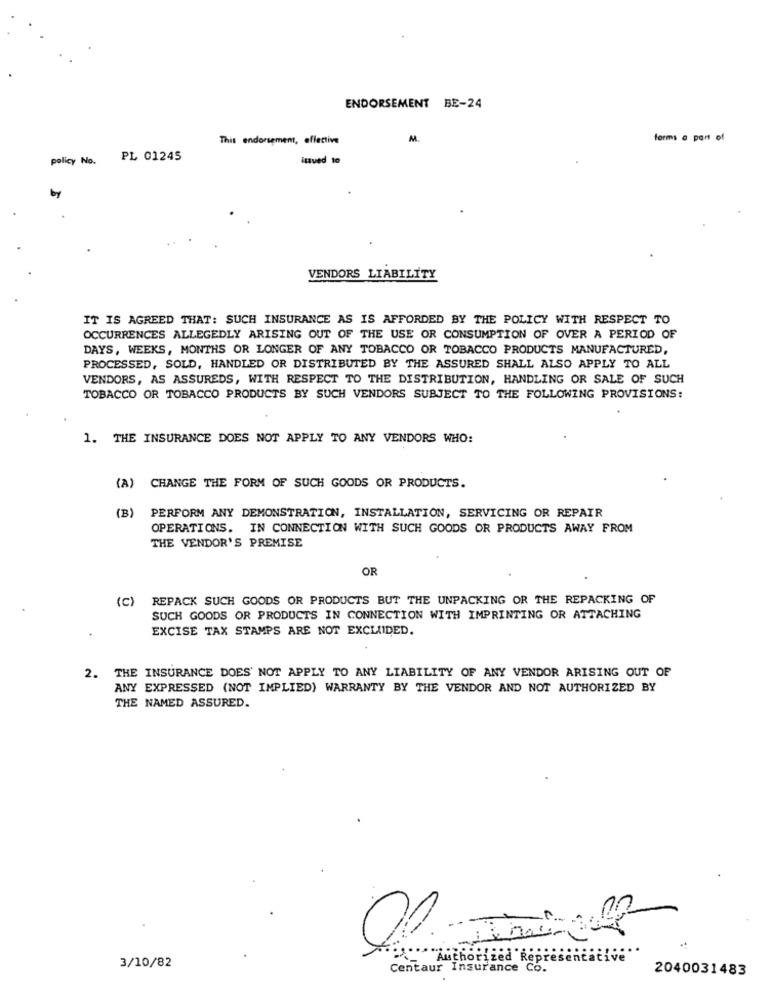
ENDORSEMENT BE-24
This endorsement, effective
M.
forms a part of
policy No.
PL 01245
issued to
VENDORS LIABILITY
IT IS AGREED THAT: SUCH INSURANCE AS IS AFFORDED BY THE POLICY WITH RESPECT TO
OCCURRENCES ALLEGEDLY ARISING OUT OF THE USE OR CONSUMPTION OF OVER A PERIOD OF
DAYS, WEEKS, MONTHS OR LONGER OF ANY TOBACCO OR TOBACCO PRODUCTS MANUFACTURED,
PROCESSED, SOLD, HANDLED OR DISTRIBUTED BY THE ASSURED SHALL ALSO APPLY TO ALL
VENDORS, AS ASSUREDS, WITH RESPECT TO THE DISTRIBUTION, HANDLING OR SALE OF SUCH
TOBACCO OR TOBACCO PRODUCTS BY SUCH VENDORS SUBJECT TO THE FOLLOWING PROVISIONS:
1. THE INSURANCE DOES NOT APPLY TO ANY VENDORS WHO:
(A) CHANGE THE FORM OF SUCH GOODS OR PRODUCTS.
(B)
PERFORM ANY DEMONSTRATION, INSTALLATION, SERVICING OR REPAIR
OPERATIONS. IN CONNECTION WITH SUCH GOODS OR PRODUCTS AWAY FROM
THE VENDOR'S PREMISE
OR
(c)
REPACK SUCH GOODS OR PRODUCTS BUT THE UNPACKING OR THE REPACKING OF
SUCH GOODS OR PRODUCTS IN CONNECTION WITH IMPRINTING OR ATTACHING
EXCISE TAX STAMPS ARE NOT EXCLUDED.
2. THE INSURANCE DOES NOT APPLY TO ANY LIABILITY OF ANY VENDOR ARISING OUT OF
ANY EXPRESSED (NOT IMPLIED) WARRANTY BY THE VENDOR AND NOT AUTHORIZED BY
THE NAMED ASSURED.
3/10/82
Authorized Repres
cative
Centaur Insurance Co.
2040031483